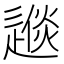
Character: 𨕪